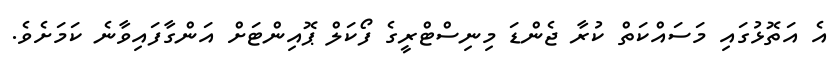
އެ އަތޮޅުގައި މަސައްކަތް ކުރާ ޖެންޑަ މިނިސްޓްރީގެ ފޯކަލް ޕޮއިންޓަށް އަންގާފައިވާނެ ކަަމަށެވެ.